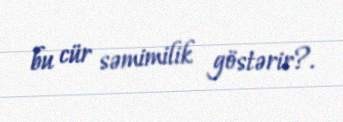
bu cür səmimilik göstərir?.